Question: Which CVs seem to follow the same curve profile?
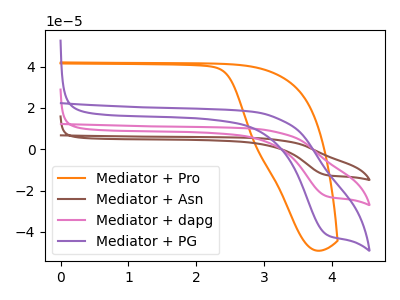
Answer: <think>The orange curve "Mediator + Pro" has no peaks. The brown curve "Mediator + Asn" has a cathodic peak at: (3.90V, -45.25uA). The pink curve "Mediator + dapg" has a cathodic peak at: (3.90V, -22.65uA). The purple curve "Mediator + PG" has a cathodic peak at: (3.90V, -41.15uA).
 "Mediator + Pro" and "Mediator + Asn" have a different number of peaks. "Mediator + Pro" and "Mediator + dapg" have a different number of peaks. "Mediator + Pro" and "Mediator + PG" have a different number of peaks. All the peaks in "Mediator + Asn" have a peak in "Mediator + dapg" at the same potential. Every peak in "Mediator + Asn" is higher than every peak in "Mediator + dapg". All the peaks in "Mediator + Asn" have a peak in "Mediator + PG" at the same potential. Every peak in "Mediator + Asn" is higher than every peak in "Mediator + PG". All the peaks in "Mediator + dapg" have a peak in "Mediator + PG" at the same potential. Every peak in "Mediator + dapg" is lower than every peak in "Mediator + PG".</think>
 <answer>"Mediator + PG", "Mediator + Asn" and "Mediator + dapg" have the same shape and are likely CV's of the same chemical.</answer>
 <eval>"Mediator + PG" "Mediator + Asn" "Mediator + dapg"</eval>